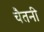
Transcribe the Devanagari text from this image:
चैतनी